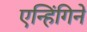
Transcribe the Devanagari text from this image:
एन्हिंगिने